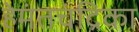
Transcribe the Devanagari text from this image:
हेमंतचंद्रिका